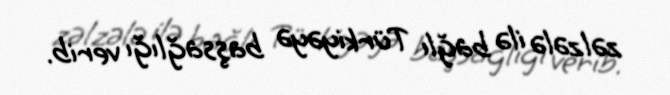
zəlzələ ilə bağlı Türkiyəyə başsağlığı verib.